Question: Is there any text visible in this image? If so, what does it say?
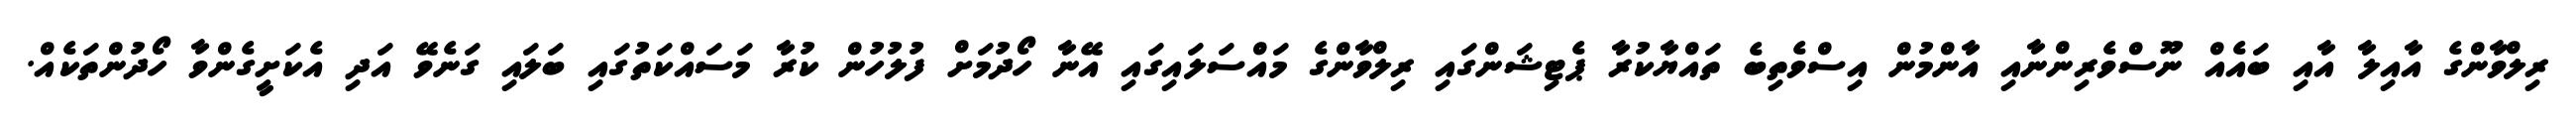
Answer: ރިލްވާންގެ އާއިލާ އާއި ބައެއް ނޫސްވެރިންނާއި އާންމުން އިސްވެތިބެ ތައްޔާކުރާ ޕެޓިޝަންގައި ރިލްވާންގެ މައްސަލައިގައި އޭނާ ހޯދުމަށް ފުލުހުން ކުރާ މަސައްކަތުގައި ބަލައި ގަނެވޭ އަދި އެކަށީގެންވާ ހޯދުންތަކެއް.